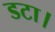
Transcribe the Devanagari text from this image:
डटा।